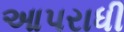
આપરાધી